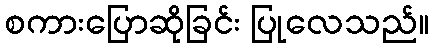
စကားပြောဆိုခြင်း ပြုလေသည်။